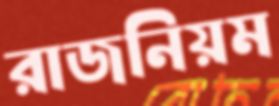
রাজনিয়ম